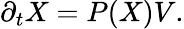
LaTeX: \partial_{t}{X}=P(X)V.